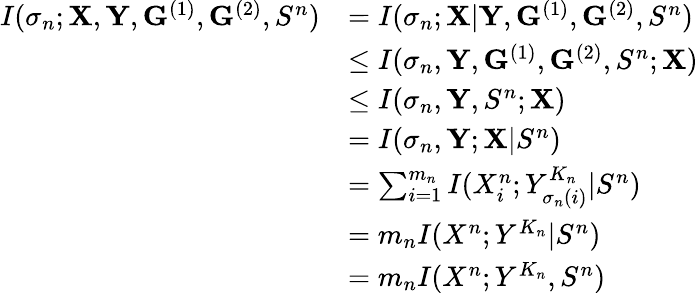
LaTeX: \begin{array}{rl}{I(\sigma_{n};\mathbf{X},\mathbf{Y},\mathbf{G}^{(1)},\mathbf{G}^{(2)},S^{n})}&{=I(\sigma_{n};\mathbf{X}|\mathbf{Y},\mathbf{G}^{(1)},\mathbf{G}^{(2)},S^{n})}\\ &{\le I(\sigma_{n},\mathbf{Y},\mathbf{G}^{(1)},\mathbf{G}^{(2)},S^{n};\mathbf{X})}\\ &{\le I(\sigma_{n},\mathbf{Y},S^{n};\mathbf{X})}\\ &{=I(\sigma_{n},\mathbf{Y};\mathbf{X}|S^{n})}\\ &{=\sum_{i=1}^{m_{n}}I(X_{i}^{n};Y_{\sigma_{n}(i)}^{K_{n}}|S^{n})}\\ &{=m_{n}I(X^{n};Y^{K_{n}}|S^{n})}\\ &{=m_{n}I(X^{n};Y^{K_{n}},S^{n})}\end{array}